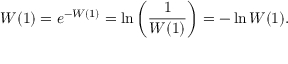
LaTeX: W ( 1 ) = e ^ { - W ( 1 ) } = \ln \left( { \frac { 1 } { W ( 1 ) } } \right) = - \ln W ( 1 ) .